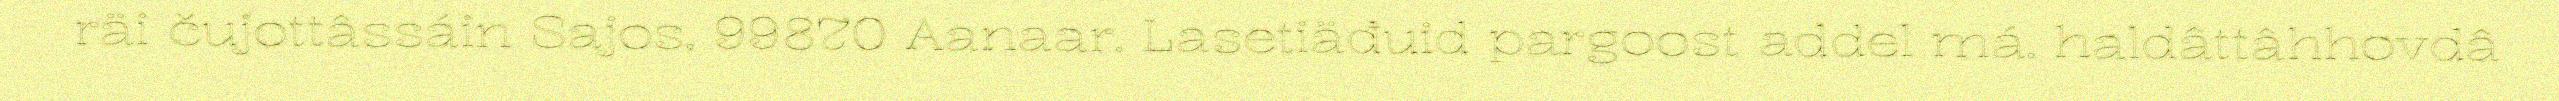
räi čujottâssáin Sajos, 99870 Aanaar. Lasetiäđuid pargoost addel má. haldâttâhhovdâ